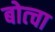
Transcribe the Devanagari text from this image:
बोत्चा